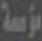
مؤسسة